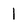
Character: l